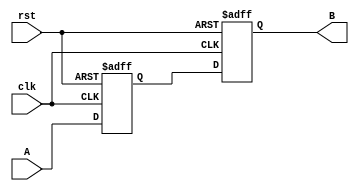
module Delay #(
    parameter DELAY_TIME = 10  // Default delay time in nanoseconds
)(
    input wire clk,          // Clock input
    input wire rst,          // Reset input
    input wire A,            // Input signal
    output reg B             // Output signal (delayed)
);

    reg A_delayed;           // Register to hold the delayed input

    // Process to handle the input signal and apply delay
    always @(posedge clk or posedge rst) begin
        if (rst) begin
            B <= 1'b0;       // Reset output to low
            A_delayed <= 1'b0; // Reset delayed input to low
        end else begin
            A_delayed <= A;  // Capture the input signal
            #DELAY_TIME B <= A_delayed; // Introduce the delay
        end
    end

endmodule